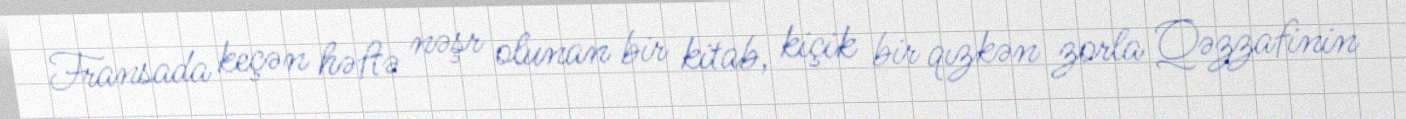
Fransada keçən həftə nəşr olunan bir kitab, kiçik bir qızkən zorla Qəzzafinin